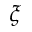
\xi